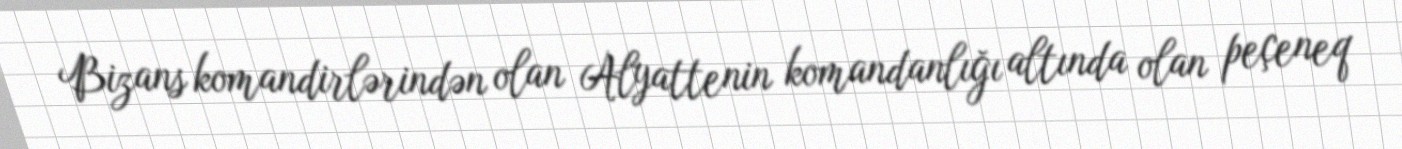
Bizans komandirlərindən olan Alyattenin komandanlığı altında olan peçeneq